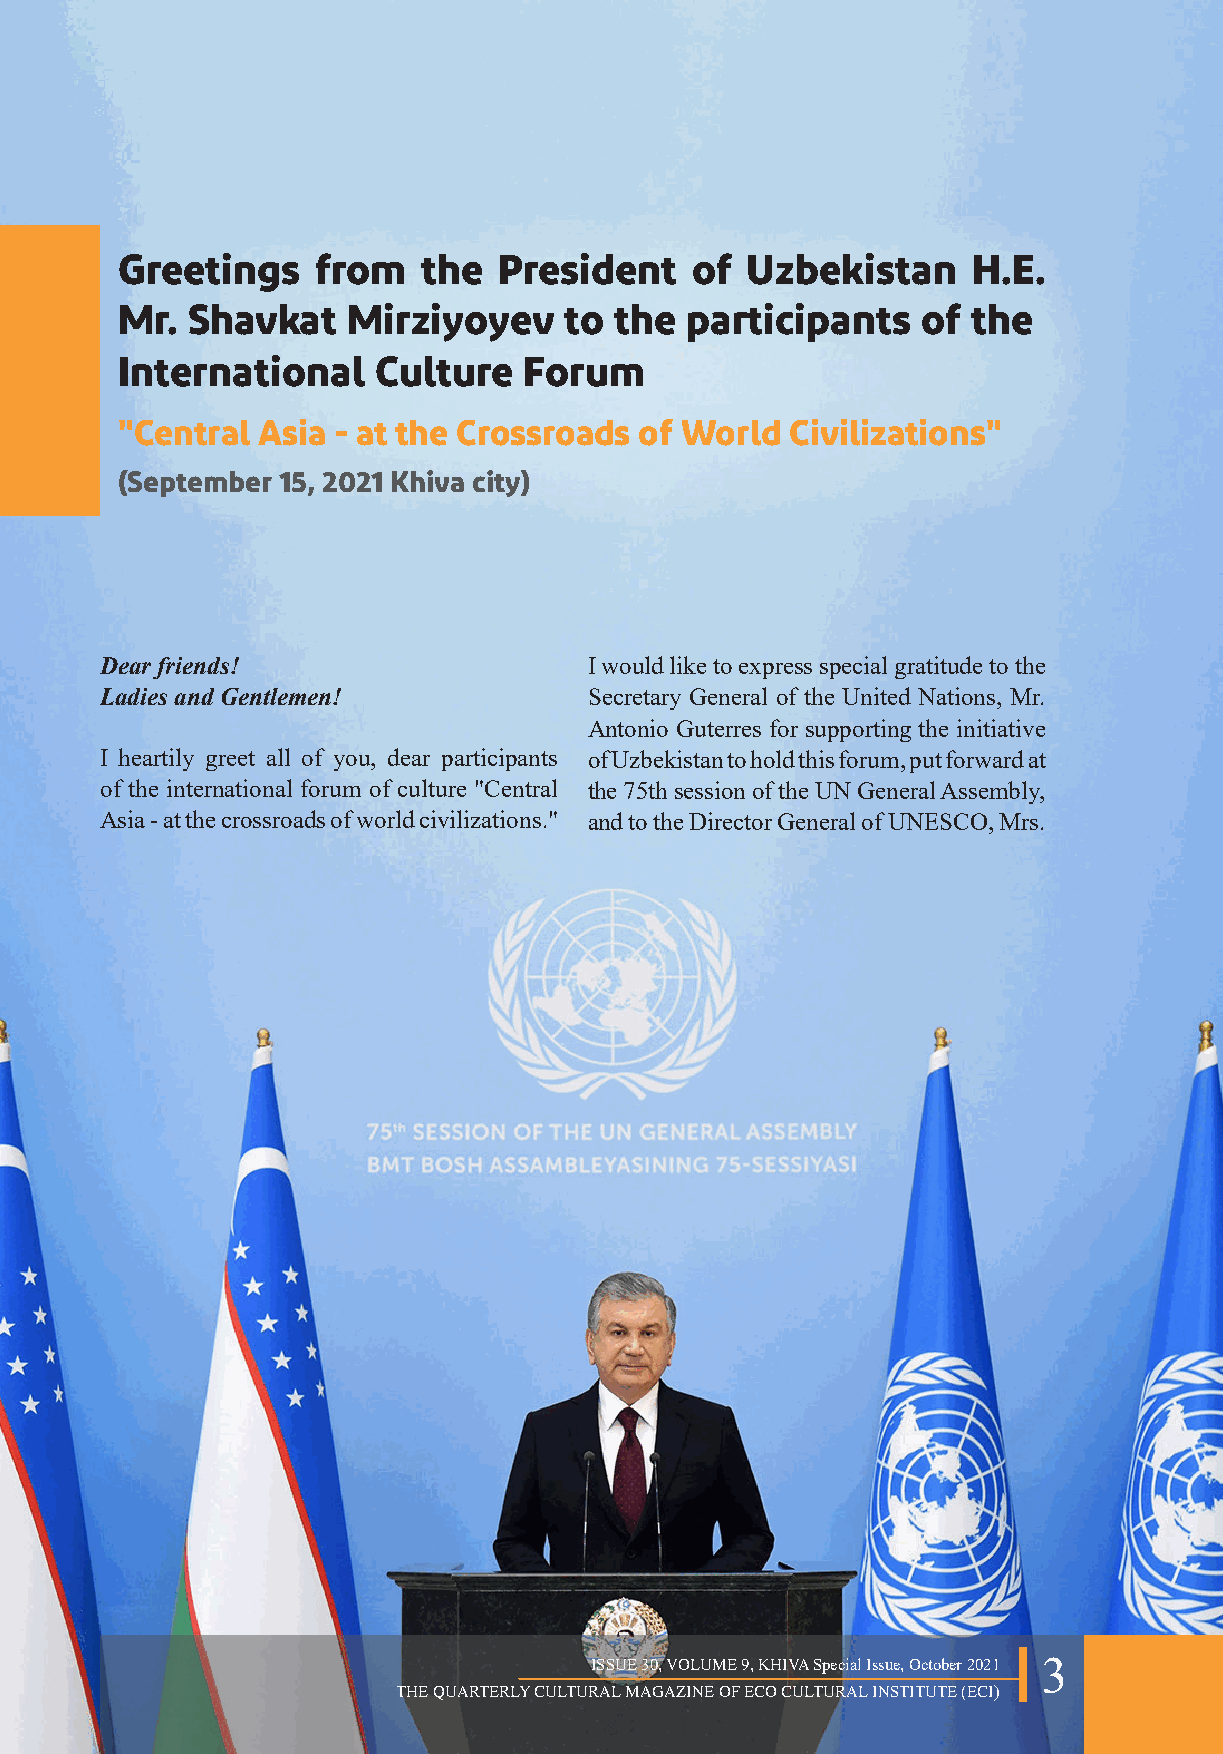
Greetings    from   the  President    of  Uzbekistan    H.E.
 Mr.  Shavkat   Mirziyoyev     to the  participants   of the
 International    Culture   Forum
 "Central Asia - at the Crossroads of World  Civilizations"
 (September 15, 2021 Khiva city)
 Dear friends!                   I would like to express special gratitude to the
 Ladies and Gentlemen!           Secretary General of the United Nations, Mr.
 Antonio Guterres for supporting the initiative
 I heartily greet all of you, dear participants of Uzbekistan to hold this forum, put forward at
 of the international forum of culture "Central the 75th session of the UN General Assembly,
 Asia - at the crossroads of world civilizations." and to the Director General of UNESCO, Mrs.
 ISSUE 30, VOLUME 9, KHIVA Special Issue, October 2021 3
 THE QUARTERLY CULTURAL MAGAZINE OF ECO CULTURAL INSTITUTE (ECI)